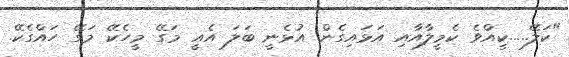
"ކަލޭ.....ކީއްވެ ކެމީލާއާއި އަޅައިގެން އުޅެނީ ބަލަ އެއީ މަގޭ މީހެކޭ މަގޭ ހައްގެކޭ.